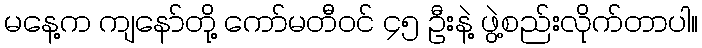
မနေ့က ကျနော်တို့ ကော်မတီဝင် ၄၅ ဦးနဲ့ ဖွဲ့စည်းလိုက်တာပါ။